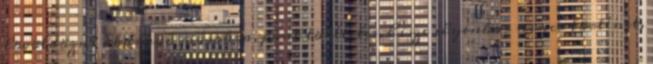
lövöldözni akarnak másokra, pont tökéletes, hisze ilyenkor nincs történet,